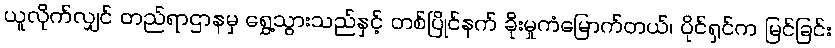
ယူလိုက်လျှင် တည်ရာဌာနမှ ရွှေ့သွားသည်နှင့် တစ်ပြိုင်နက် ခိုးမှုကံမြောက်တယ်၊ ပိုင်ရှင်က မြင်ခြင်း